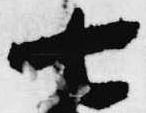
七